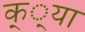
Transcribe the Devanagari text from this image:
क््या